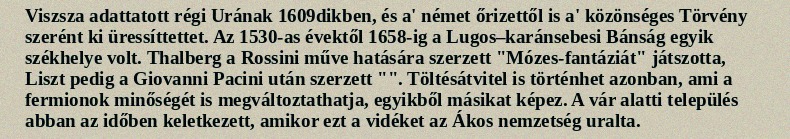
Viszsza adattatott régi Urának 1609dikben, és a' német őrizettől is a' közönséges Törvény szerént ki üressíttettet. Az 1530-as évektől 1658-ig a Lugos–karánsebesi Bánság egyik székhelye volt. Thalberg a Rossini műve hatására szerzett "Mózes-fantáziát" játszotta, Liszt pedig a Giovanni Pacini után szerzett "". Töltésátvitel is történhet azonban, ami a fermionok minőségét is megváltoztathatja, egyikből másikat képez. A vár alatti település abban az időben keletkezett, amikor ezt a vidéket az Ákos nemzetség uralta.